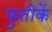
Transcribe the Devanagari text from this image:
फुतीकें